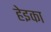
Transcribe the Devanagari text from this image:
हेइका